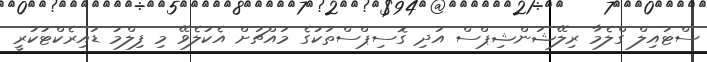
ސްޓައިލް ގްލެމާ ރިލޭޝަންޝިޕްސް އަދި ގޮސިޕްސްތަކުގެ މައްޗަށް އެކުލެވޭ މި ފިލްމު ޑައިރެކްޓުކުރީ